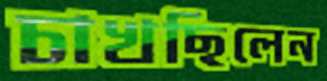
চাখছিলেন